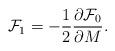
LaTeX: \begin{align*}{\cal F}_1 = -\frac{1}{2} \frac{\partial {\cal F}_{0}}{\partial M}.\end{align*}